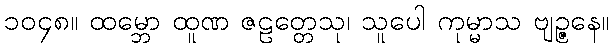
၁၀၄၈။ ထမ္ဘော ထူဏ ဇဠတ္တေသု၊ သူပေါ ကုမ္မာသ ဗျဉ္ဇနေ။